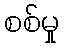
စစ်မှု